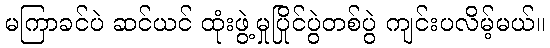
မကြာခင်ပဲ ဆင်ယင် ထုံးဖွဲ့မှုပြိုင်ပွဲတစ်ပွဲ ကျင်းပလိမ့်မယ်။